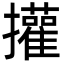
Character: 㩲